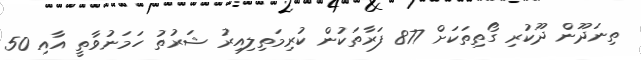
ތިނަދޫން ދޫކުރި ގޯތިތަކަށް 877 ފަރާތަކުން ކުރިމަތިލިއިރު ޝަރުތު ހަމަނުވާތީ އާއި 50